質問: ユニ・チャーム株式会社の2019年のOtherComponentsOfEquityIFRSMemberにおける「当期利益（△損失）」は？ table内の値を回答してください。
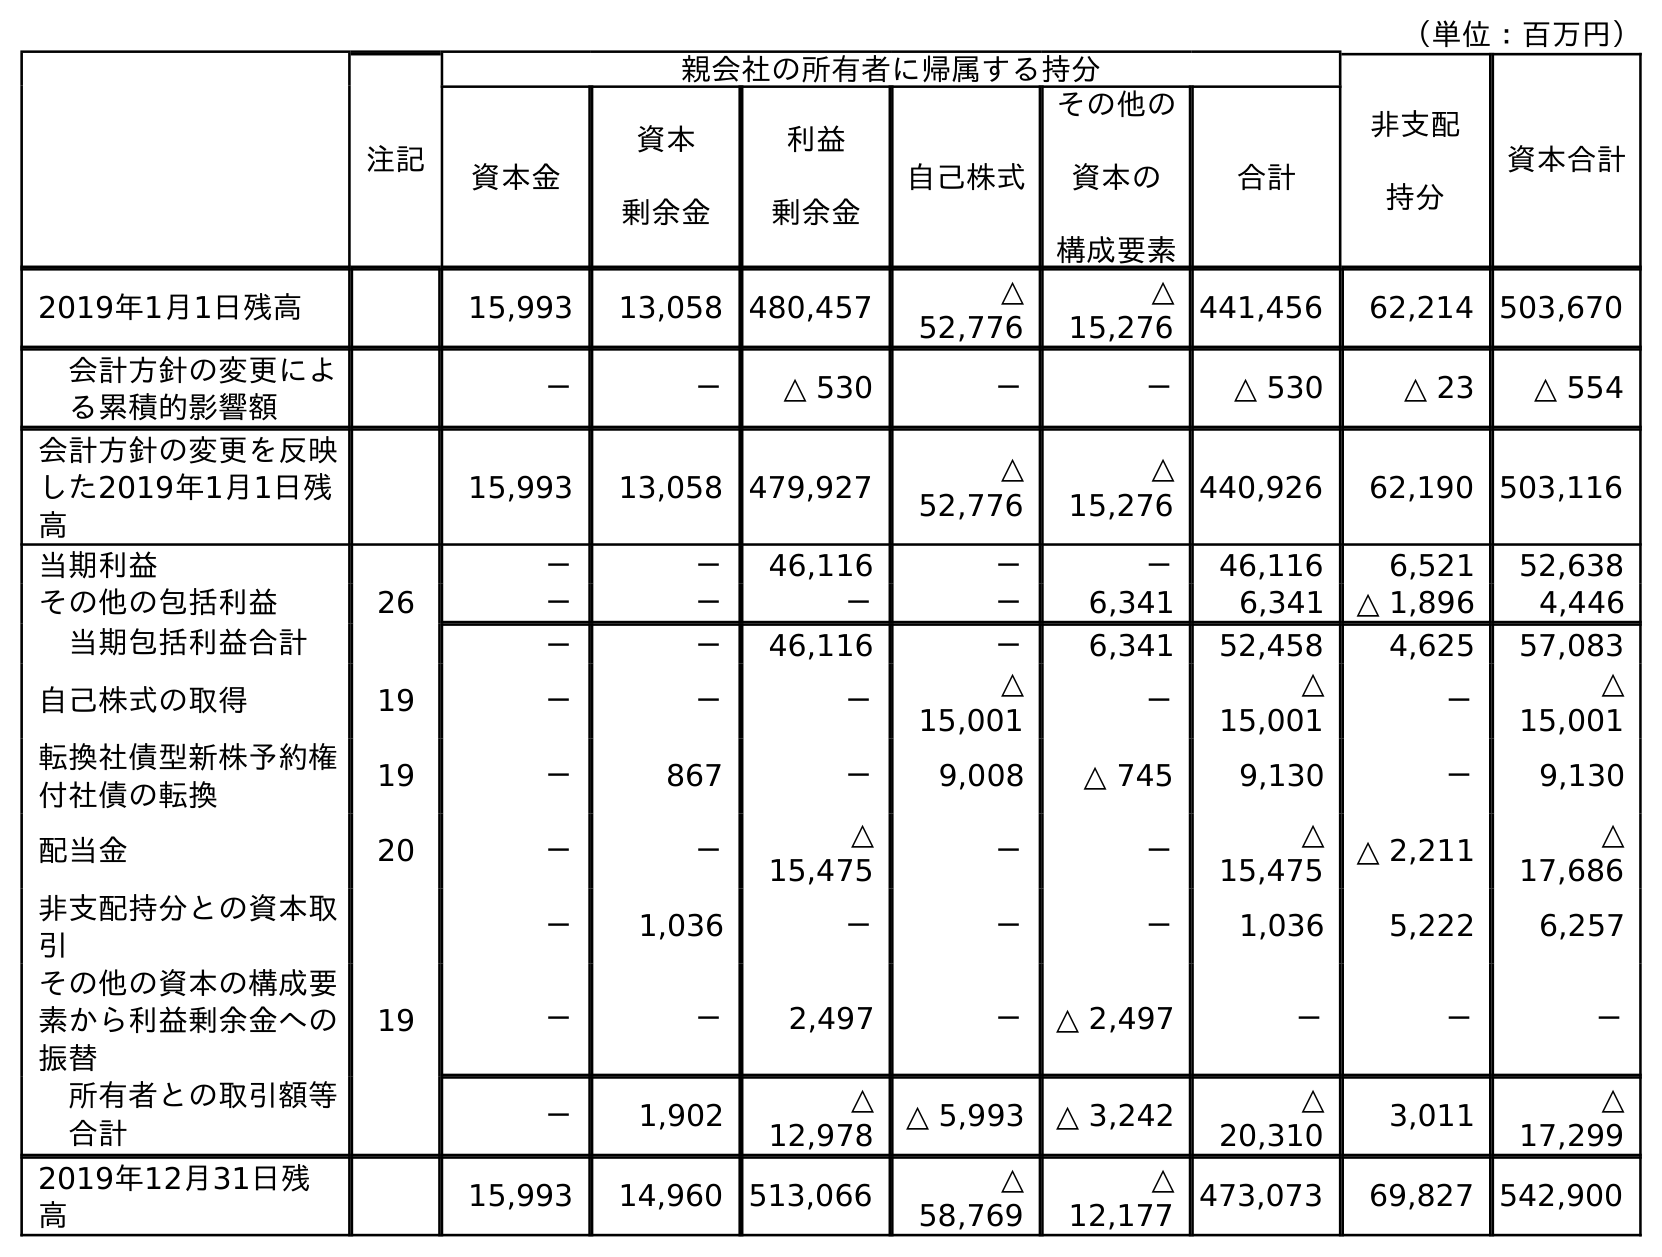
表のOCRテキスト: （単位：百万円） 注記 親会社の所有者に帰属する持分 非支配 持分 資本合計 資本金 資本 剰余金 利益 剰余金 自己株式 その他の 資本の 構成要素 合計 2019年1月1日残高 15,993 13,058 480,457 △ 52,776 △ 15,276 441,456 62,214 503,670 会計方針の変更によ る累積的影響額 － － △ 530 － － △ 530 △ 23 △ 554 会計方針の変更を反映 した2019年1月1日残 高 15,993 13,058 479,927 △ 52,776 △ 15,276 440,926 62,190 503,116 当期利益 － － 46,116 － － 46,116 6,521 52,638 その他の包括利益 26 － － － － 6,341 6,341 △ 1,896 4,446 当期包括利益合計 － － 46,116 － 6,341 52,458 4,625 57,083 自己株式の取得 19 － － － △ 15,001 － △ 15,001 － △ 15,001 転換社債型新株予約権 付社債の転換 19 － 867 － 9,008 △ 745 9,130 － 9,130 配当金 20 － － △ 15,475 － － △ 15,475 △ 2,211 △ 17,686 非支配持分との資本取 引 － 1,036 － － － 1,036 5,222 6,257 その他の資本の構成要 素から利益剰余金への 振替 19 － － 2,497 － △ 2,497 － － － 所有者との取引額等 合計 － 1,902 △ 12,978 △ 5,993 △ 3,242 △ 20,310 3,011 △ 17,299 2019年12月31日残 高 15,993 14,960 513,066 △ 58,769 △ 12,177 473,073 69,827 542,900
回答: －